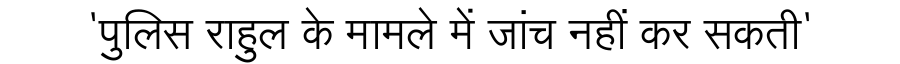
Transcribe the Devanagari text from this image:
'पुलिस राहुल के मामले में जांच नहीं कर सकती'